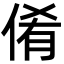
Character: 倄